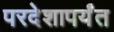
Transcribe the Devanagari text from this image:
परदेशापर्यंत